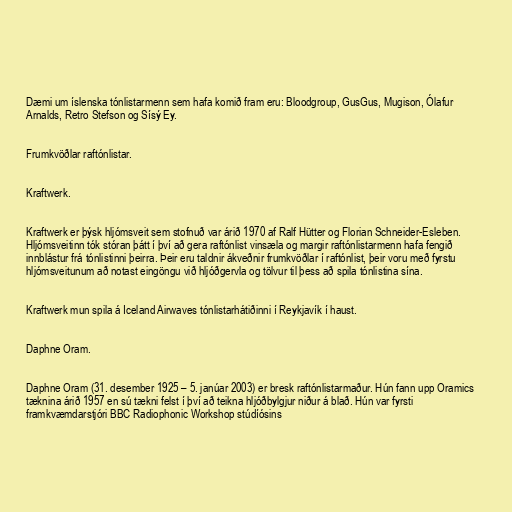
Dæmi um íslenska tónlistarmenn sem hafa komið fram eru: Bloodgroup, GusGus, Mugison, Ólafur
Arnalds, Retro Stefson og Sísý Ey.

Frumkvöðlar raftónlistar.

Kraftwerk.

Kraftwerk er þýsk hljómsveit sem stofnuð var árið 1970 af Ralf Hütter og Florian Schneider-Esleben.
Hljómsveitinn tók stóran þátt í því að gera raftónlist vinsæla og margir raftónlistarmenn hafa fengið
innblástur frá tónlistinni þeirra. Þeir eru taldnir ákveðnir frumkvöðlar í raftónlist, þeir voru með fyrstu
hljómsveitunum að notast eingöngu við hljóðgervla og tölvur til þess að spila tónlistina sína.

Kraftwerk mun spila á Iceland Airwaves tónlistarhátiðinni í Reykjavík í haust.

Daphne Oram.

Daphne Oram (31. desember 1925 – 5. janúar 2003) er bresk raftónlistarmaður. Hún fann upp Oramics
tæknina árið 1957 en sú tækni felst í því að teikna hljóðbylgjur niður á blað. Hún var fyrsti
framkvæmdarstjóri BBC Radiophonic Workshop stúdíósins